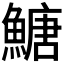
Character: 𩹶